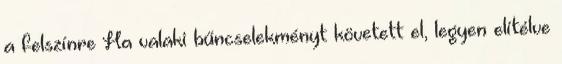
a felszínre Ha valaki bűncselekményt követett el, legyen elítélve